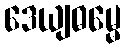
ဒေယျဓမ္မေ